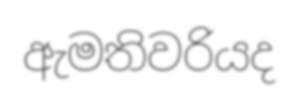
ඇමතිවරියද